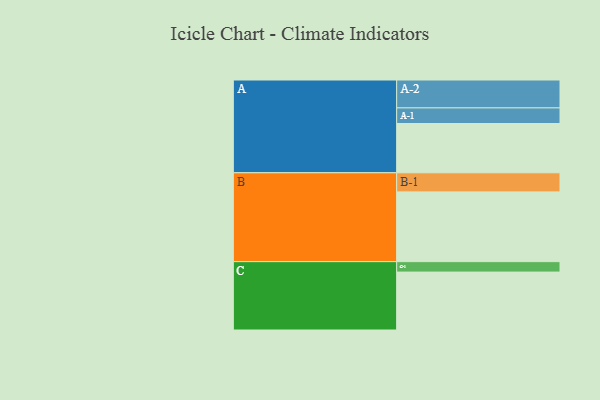
{"axis": {"x": "Segment", "y": "Value"}, "legend": ["", "A", "B", "C"], "data": [{"x": "A", "y": 325, "type": ""}, {"x": "B", "y": 460, "type": ""}, {"x": "C", "y": 382, "type": ""}, {"x": "A-1", "y": 103, "type": "A"}, {"x": "A-2", "y": 184, "type": "A"}, {"x": "B-1", "y": 126, "type": "B"}, {"x": "C-1", "y": 69, "type": "C"}]}